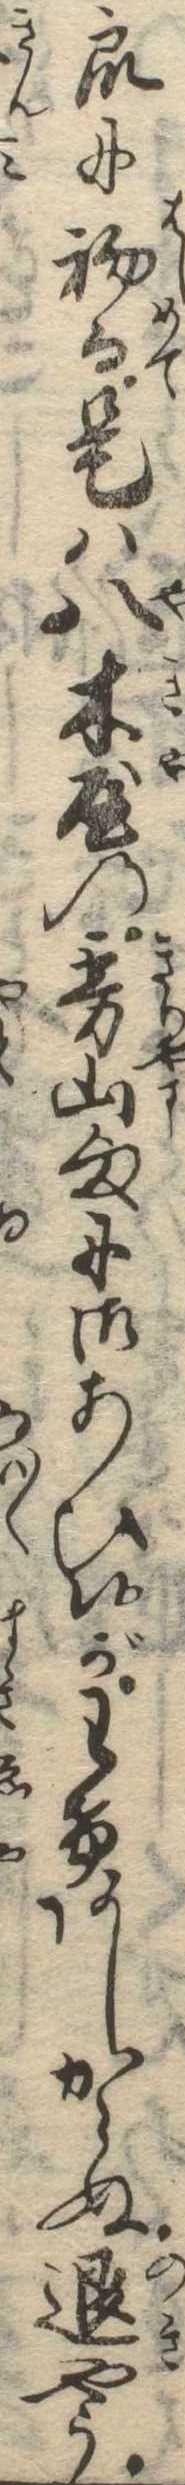
衆に初而是は八木屋の霧山様に御あひ候がわけあしからぬ退やう